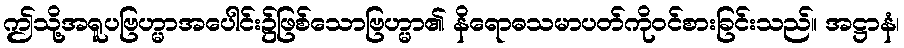
ဤသို့အရူပဗြဟ္မာအပေါင်း၌ဖြစ်သောဗြဟ္မာ၏ နိရောဓသမာပတ်ကိုဝင်စားခြင်းသည်။ အဋ္ဌာနံ၊